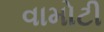
વામોટી